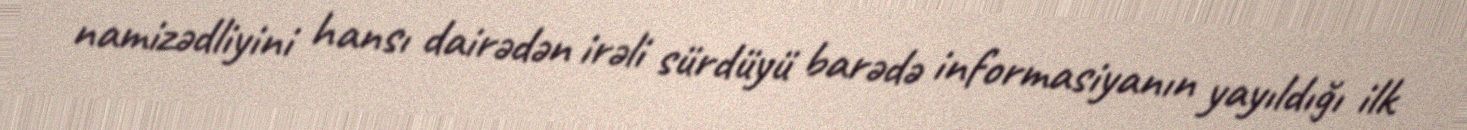
namizədliyini hansı dairədən irəli sürdüyü barədə informasiyanın yayıldığı ilk